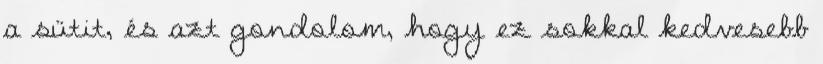
a sütit, és azt gondolom, hogy ez sokkal kedvesebb